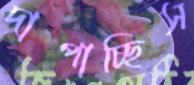
দাপাচ্ছিস